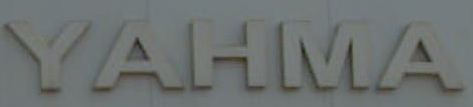
YAHMA